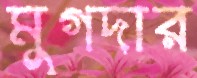
মুগদার